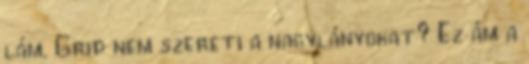
lám. Grid nem szereti a nagylányokat? Ez ám a